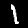
Digit: 1